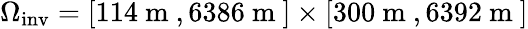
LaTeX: \Omega_{\mathrm{inv}}=[114\mathrm{~m~},6386\mathrm{~m~}]\times[300\mathrm{~m~},6392\mathrm{~m~}]